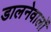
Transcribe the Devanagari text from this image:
डालनेवालों